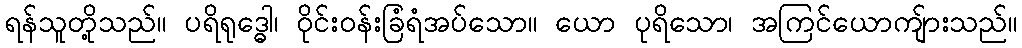
ရန်သူတို့သည်။ ပရိရုဒ္ဓေါ၊ ဝိုင်းဝန်းခြံရံအပ်သော။ ယော ပုရိသော၊ အကြင်ယောကျ်ားသည်။